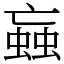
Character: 蝱